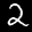
Label: 2